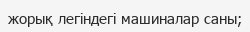
жорық легіндегі машиналар саны;